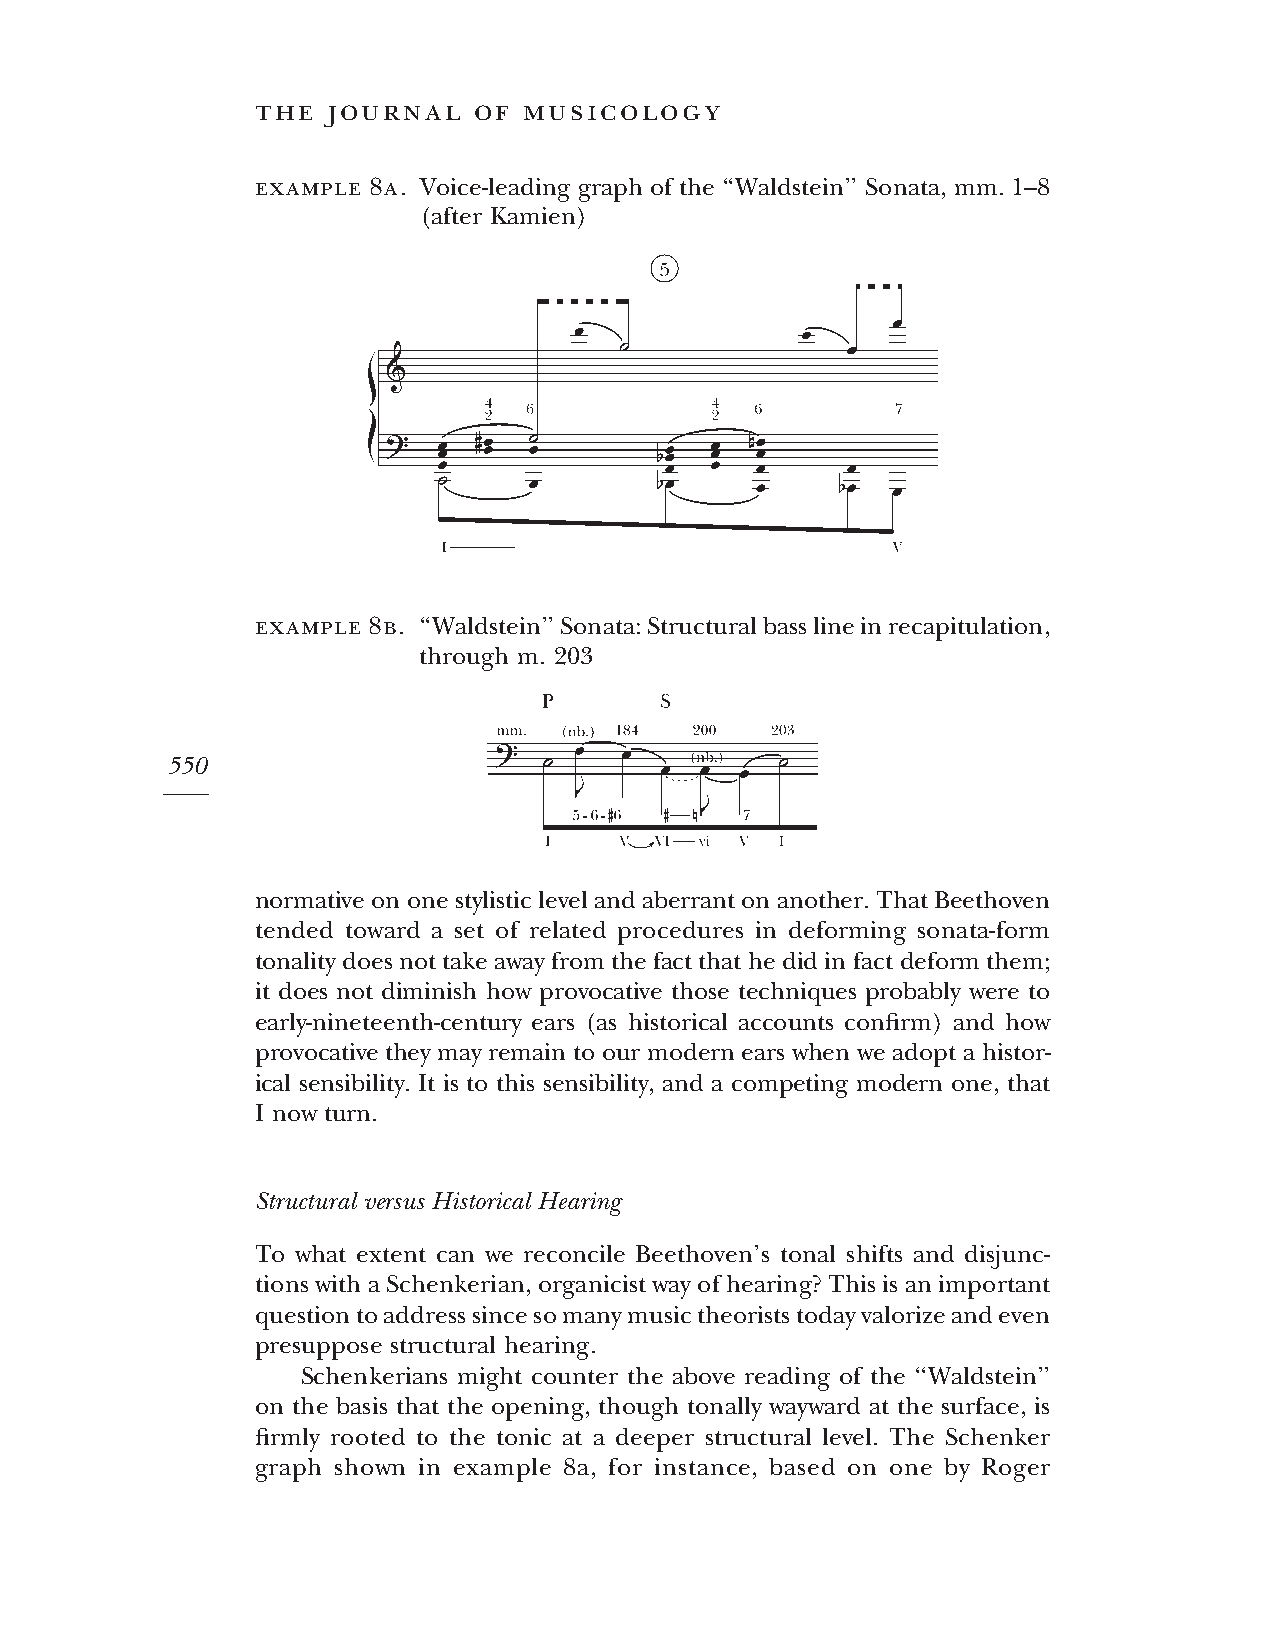
the  journal  of  musicology
 example 8a. Voice-leading graph of the ‘‘Waldstein’’ Sonata, mm. 1–8
 (after Kamien)
 example 8b. ‘‘Waldstein’’Sonata:Structuralbasslineinrecapitulation,
 through m. 203
 550
 normativeonone stylistic leveland aberrantonanother. ThatBeethoven
 tended toward a set of related procedures in deforming sonata-form
 tonality doesnottake away from the factthat he did in factdeform them;
 it does not diminish how provocative those techniques probably were to
 early-nineteenth-century ears (as historical accounts confirm) and how
 provocative they may remain to our modern ears when we adopt a histor-
 ical sensibility. It is to this sensibility, and a competing modern one, that
 I now turn.
 Structural versus Historical Hearing
 To what extent can we reconcile Beethoven’s tonal shifts and disjunc-
 tionswithaSchenkerian, organicistwayofhearing?Thisisanimportant
 questiontoaddresssincesomanymusictheoriststodayvalorizeandeven
 presuppose structural hearing.
 Schenkerians might counter the above reading of the ‘‘Waldstein’’
 on the basis that the opening, though tonally wayward at the surface, is
 firmly rooted to the tonic at a deeper structural level. The Schenker
 graph shown in example 8a, for instance, based on one by Roger